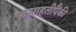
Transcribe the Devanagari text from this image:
वसाहतीपैंकी